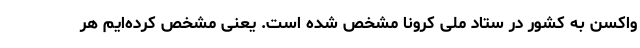
واکسن به کشور در ستاد ملی کرونا مشخص شده است. یعنی مشخص کرده‌ایم هر